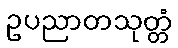
ဥပညာတသုတ္တံ